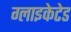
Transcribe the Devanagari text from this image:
ग्लाइकेटेड